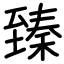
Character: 臻